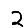
Digit: 2